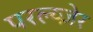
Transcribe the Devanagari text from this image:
परल्य्ज़ेर